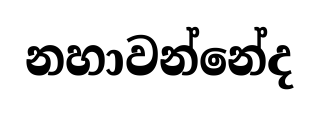
නහාවන්නේද